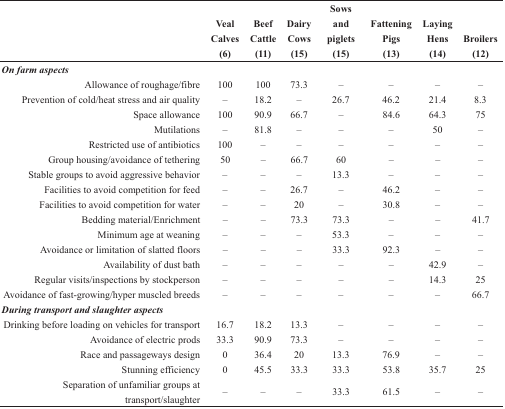
<table><thead><tr><td></td><td><b>VealCalves(6)</b></td><td><b>BeefCattle(11)</b></td><td><b>DairyCows(15)</b></td><td><b>Sows and piglets(15)</b></td><td><b>FatteningPigs(13)</b></td><td><b>LayingHens(14)</b></td><td><b>Broilers(12)</b></td></tr></thead><tbody><tr><td><b><i>On farm aspects</i></b></td><td></td><td></td><td></td><td></td><td></td><td></td><td></td></tr><tr><td>Allowance of roughage/fibre</td><td>100</td><td>100</td><td>73.3</td><td>–</td><td>–</td><td>–</td><td>–</td></tr><tr><td>Prevention of cold/heat stress and air quality</td><td>–</td><td>18.2</td><td>–</td><td>26.7</td><td>46.2</td><td>21.4</td><td>8.3</td></tr><tr><td>Space allowance</td><td>100</td><td>90.9</td><td>66.7</td><td>–</td><td>84.6</td><td>64.3</td><td>75</td></tr><tr><td>Mutilations</td><td>–</td><td>81.8</td><td>–</td><td>–</td><td>–</td><td>50</td><td>–</td></tr><tr><td>Restricted use of antibiotics</td><td>100</td><td>–</td><td>–</td><td>–</td><td>–</td><td>–</td><td>–</td></tr><tr><td>Group housing/avoidance of tethering </td><td>50</td><td>–</td><td>66.7</td><td>60</td><td>–</td><td>–</td><td>–</td></tr><tr><td>Stable groups to avoid aggressive behavior</td><td>–</td><td>–</td><td>–</td><td>13.3</td><td>–</td><td>–</td><td>–</td></tr><tr><td>Facilities to avoid competition for feed</td><td>–</td><td>–</td><td>26.7</td><td>–</td><td>46.2</td><td>–</td><td>–</td></tr><tr><td>Facilities to avoid competition for water</td><td>–</td><td>–</td><td>20</td><td>–</td><td>30.8</td><td>–</td><td>–</td></tr><tr><td>Bedding material/Enrichment</td><td>–</td><td>–</td><td>73.3</td><td>73.3</td><td>–</td><td>–</td><td>41.7</td></tr><tr><td>Minimum age at weaning</td><td>–</td><td>–</td><td>–</td><td>53.3</td><td>–</td><td>–</td><td>–</td></tr><tr><td>Avoidance or limitation of slatted floors</td><td>–</td><td>–</td><td>–</td><td>33.3</td><td>92.3</td><td>–</td><td>–</td></tr><tr><td>Availability of dust bath</td><td>–</td><td>–</td><td>–</td><td>–</td><td>–</td><td>42.9</td><td>–</td></tr><tr><td>Regular visits/inspections by stockperson</td><td>–</td><td>–</td><td>–</td><td>–</td><td>–</td><td>14.3</td><td>25</td></tr><tr><td>Avoidance of fast-growing/hyper muscled breeds</td><td>–</td><td>–</td><td>–</td><td>–</td><td>–</td><td>–</td><td>66.7</td></tr><tr><td><b><i>During transport and slaughter aspects</i></b></td><td></td><td></td><td></td><td></td><td></td><td></td><td></td></tr><tr><td>Drinking before loading on vehicles for transport</td><td>16.7</td><td>18.2</td><td>13.3</td><td>–</td><td>–</td><td>–</td><td>–</td></tr><tr><td>Avoidance of electric prods</td><td>33.3</td><td>90.9</td><td>73.3</td><td>–</td><td>–</td><td>–</td><td>–</td></tr><tr><td>Race and passageways design</td><td>0</td><td>36.4</td><td>20</td><td>13.3</td><td>76.9</td><td>–</td><td>–</td></tr><tr><td>Stunning efficiency</td><td>0</td><td>45.5</td><td>33.3</td><td>33.3</td><td>53.8</td><td>35.7</td><td>25</td></tr><tr><td>Separation of unfamiliar groups at transport/slaughter</td><td>–</td><td>–</td><td>–</td><td>33.3</td><td>61.5</td><td>–</td><td>–</td></tr></tbody></table>